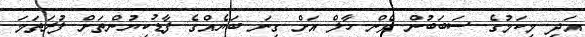
އަދި މިކަމުގެ ސަބަބުން ވެން ހާލް އަށް ގިނަ ބަޔެއްގެ ފާޑުކިޔުންތަށް ފުރަތަމަ